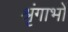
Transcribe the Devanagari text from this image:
श्रृंगाभों